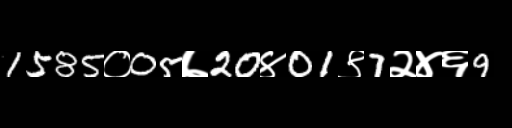
Text: 1585०05७20४01९7२४६9